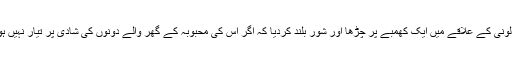
ٹائمز آف انڈیا کی رپورٹ کے مطابق یہ نوجوان لونی کے علاقے میں ایک کھمبے پر چڑھا اور شور بلند کردیا کہ اگر اس کی محبوبہ کے گھر والے دونوں کی شادی پر تیار نہیں ہوں گے تو وہ چھلانگ لگا کر خود کشی کرلے گا۔